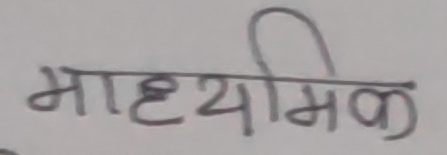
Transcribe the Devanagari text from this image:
माध्यमिक